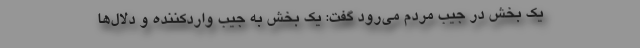
یک بخش در جیب مردم می‌رود گفت: یک بخش به جیب واردکننده و دلال‌ها